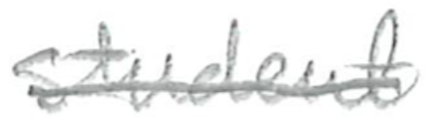
Text: student
Cross-out: single-line
Writing tool: pencil